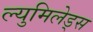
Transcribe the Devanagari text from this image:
ल्युमिलेड्स